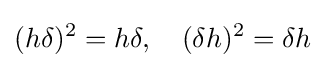
(h\delta )^{2}=h\delta ,\quad (\delta h)^{2}=\delta h